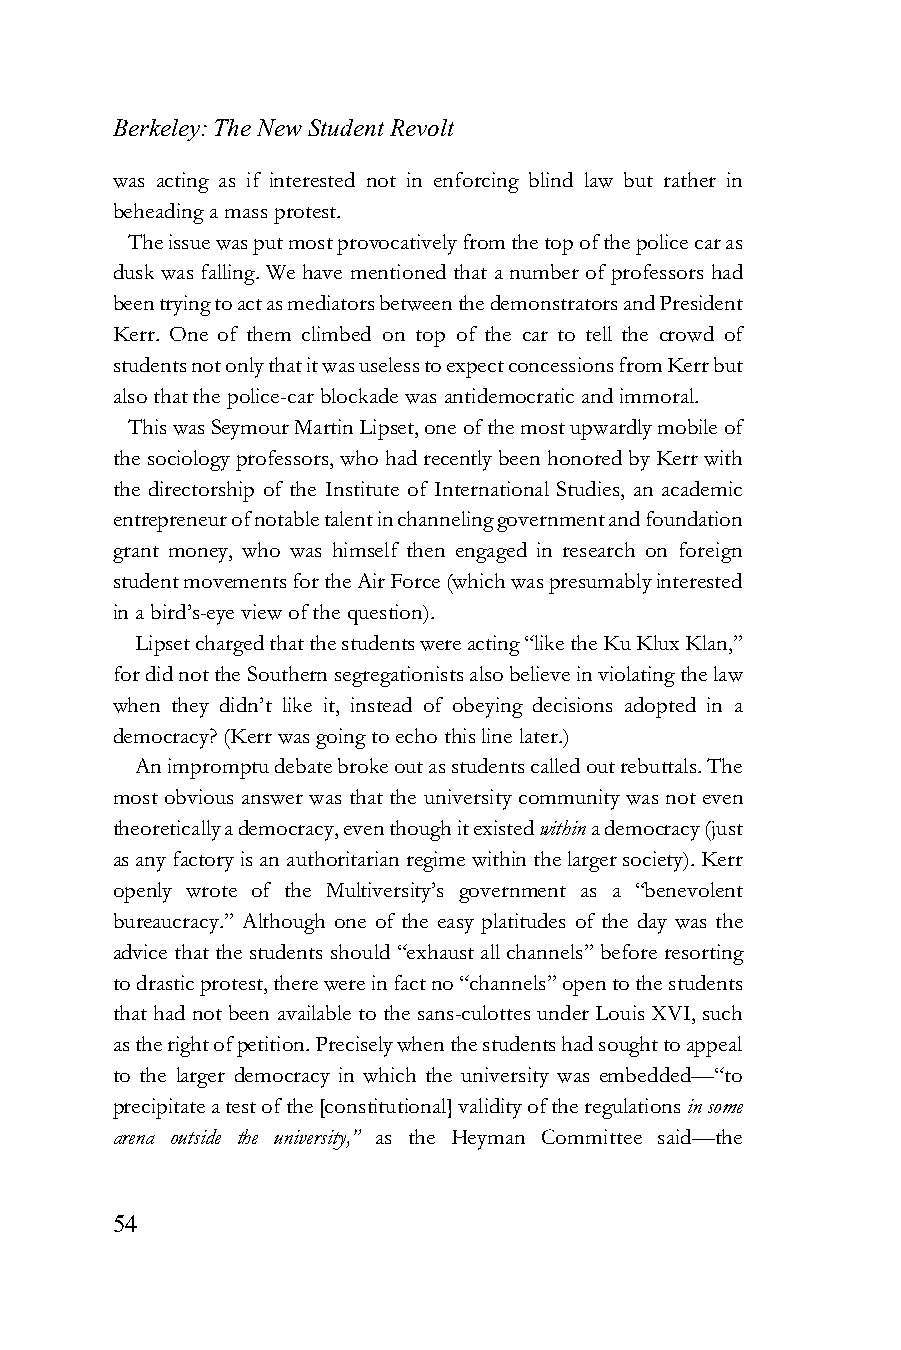
Berkeley: The New Student Revolt
 was acting as if interested not in enforcing blind law but rather in
 beheading a mass protest.
 The issue was put most provocatively from the top of the police car as
 dusk was falling. We have mentioned that a number of professors had
 been trying to act as mediators between the demonstrators and President
 Kerr. One of them climbed on top of the car to tell the crowd of
 students not only that it was useless to expect concessions from Kerr but
 also that the police-car blockade was antidemocratic and immoral.
 This was Seymour Martin Lipset, one of the most upwardly mobile of
 the sociology professors, who had recently been honored by Kerr with
 the directorship of the Institute of International Studies, an academic
 entrepreneur of notable talent in channeling government and foundation
 grant money, who was himself then engaged in research on foreign
 student movements for the Air Force (which was presumably interested
 in a bird’s-eye view of the question).
 Lipset charged that the students were acting “like the Ku Klux Klan,”
 for did not the Southern segregationists also believe in violating the law
 when they didn’t like it, instead of obeying decisions adopted in a
 democracy? (Kerr was going to echo this line later.)
 An impromptu debate broke out as students called out rebuttals. The
 most obvious answer was that the university community was not even
 theoretically a democracy, even though it existed within a democracy (just
 as any factory is an authoritarian regime within the larger society). Kerr
 openly wrote of the Multiversity’s government as a “benevolent
 bureaucracy.” Although one of the easy platitudes of the day was the
 advice that the students should “exhaust all channels” before resorting
 to drastic protest, there were in fact no “channels” open to the students
 that had not been available to the sans-culottes under Louis XVI, such
 as the right of petition. Precisely when the students had sought to appeal
 to the larger democracy in which the university was embedded—“to
 precipitate a test of the [constitutional] validity of the regulations in some
 arena outside the university,” as the Heyman Committee said—the
 54